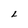
Character: L